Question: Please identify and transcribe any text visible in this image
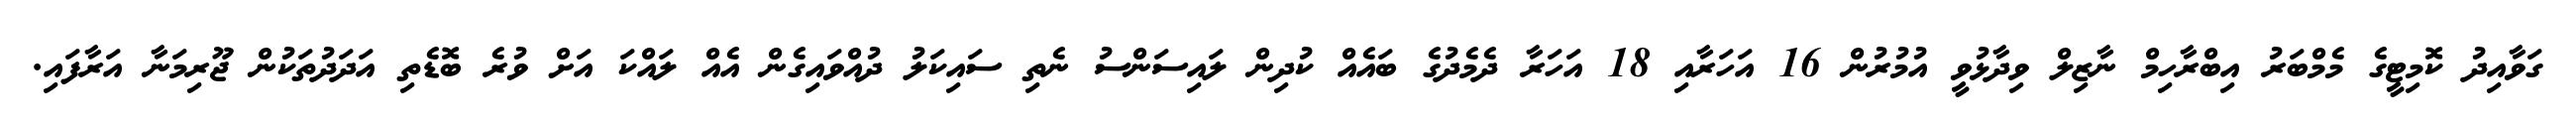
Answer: ގަވާއިދު ކޮމިޓީގެ މެމްބަރު އިބްރާހިމް ނާޒިލް ވިދާޅުވީ އުމުރުން 16 އަހަރާއި 18 އަހަރާ ދެމެދުގެ ބައެއް ކުދިން ލައިސަންސު ނެތި ސައިކަލު ދުއްވައިގެން އެއް ލައްކަ އަށް ވުރެ ބޮޑެތި އަދަދުތަކުން ޖޫރިމަނާ އަރާފައި.